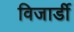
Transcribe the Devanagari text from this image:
विजार्डी